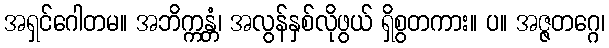
အရှင်ဂေါတမ။ အဘိက္ကန္တံ၊ အလွန်နှစ်လိုဖွယ် ရှိစွတကား။ ပ။ အဇ္ဇတဂ္ဂေ၊